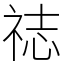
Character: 䄊